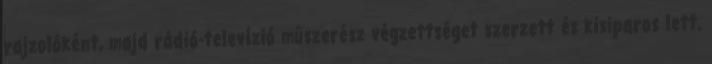
rajzolóként, majd rádió-televízió mûszerész végzettséget szerzett és kisiparos lett.